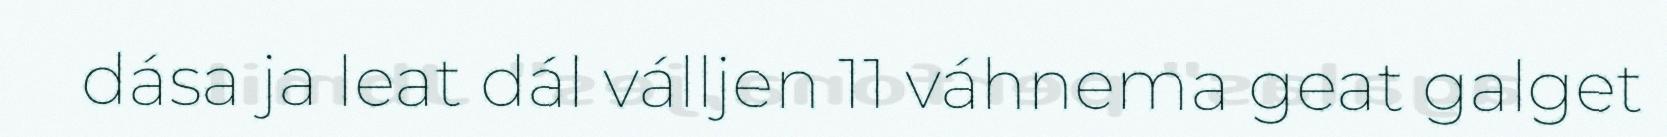
dása ja leat dál válljen 11 váhnema geat galget